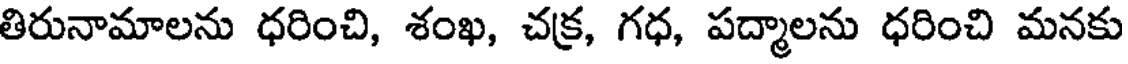
తిరునామాలను ధరించి, శంఖ, చక్ర, గధ, పద్మాలను ధరించి మనకు